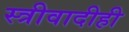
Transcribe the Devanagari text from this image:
स्त्रीवादीही